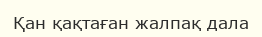
Қан қақтаған жалпақ дала